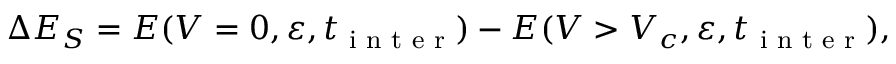
\Delta E _ { S } = E ( V = 0 , \varepsilon , t _ { \textrm { i n t e r } } ) - E ( V > V _ { c } , \varepsilon , t _ { \textrm { i n t e r } } ) ,